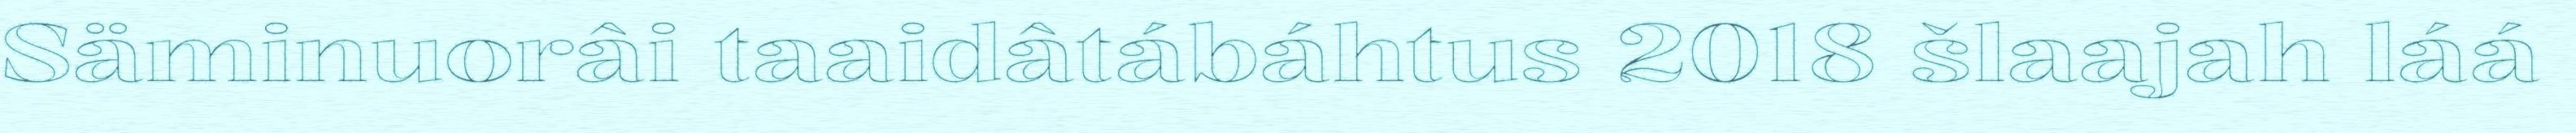
Säminuorâi taaidâtábáhtus 2018 šlaajah láá